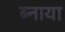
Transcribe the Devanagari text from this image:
ब्नाया